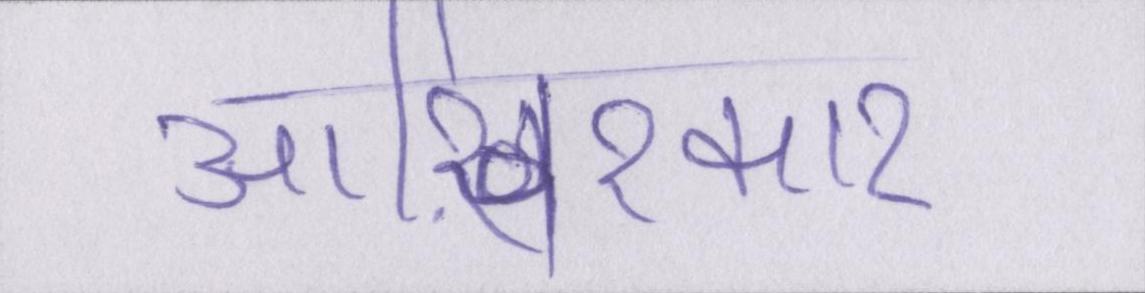
आख़िरकार